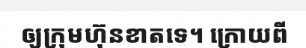
ឲ្យក្រុមហ៊ុនខាតទេ។ ក្រោយពី